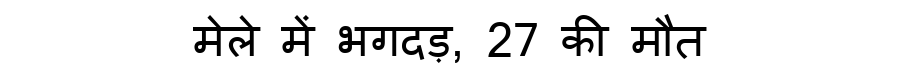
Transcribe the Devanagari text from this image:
मेले में भगदड़, 27 की मौत